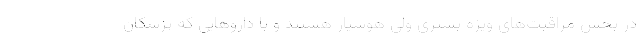
در بخش مراقبت‌های ویژه بستری ولی هوشیار هستند و با داروهایی که پزشکان